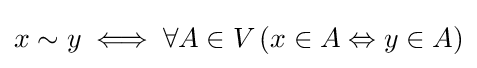
x\sim y\iff \forall A\in V\,(x\in A\Leftrightarrow y\in A)